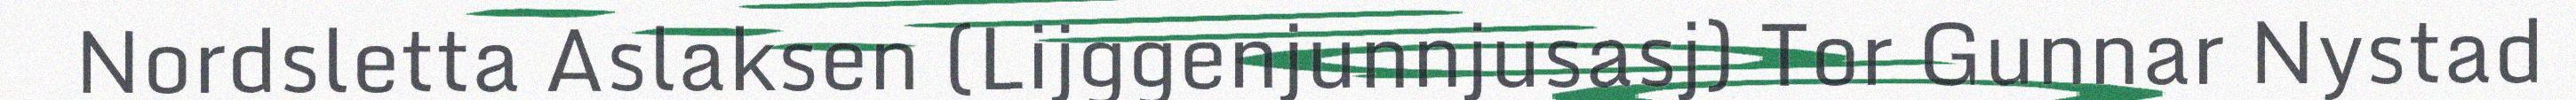
Nordsletta Aslaksen (Lijggenjunnjusasj) Tor Gunnar Nystad